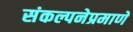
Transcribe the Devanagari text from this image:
संकल्पनेप्रमाणे